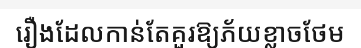
រឿងដែលកាន់តែគួរឱ្យភ័យខ្លាចថែម